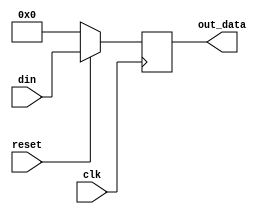
//register.v

//N bits register
module register(clk, reset, din, out_data);

  parameter BITS = 4;
  parameter INI = 0;

  input wire clk;
  input wire reset;
  input wire [BITS-1:0] din;
  output reg [BITS-1:0] out_data;

  always @(posedge clk) begin
    out_data <= (reset == 0) ? INI : din;
  end

endmodule